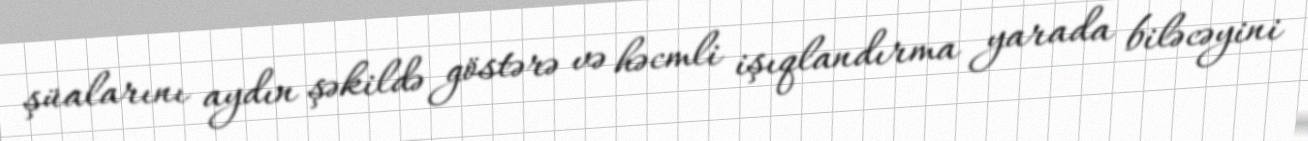
şüalarını aydın şəkildə göstərə və həcmli işıqlandırma yarada biləcəyini